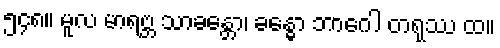
၅၄၈။ မူလ မာရဗ္ဘ သာခန္တော၊ ခန္ဓော ဘာဂေါ တရုဿ ထ။